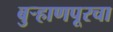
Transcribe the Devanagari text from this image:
बुर्‍हाणपूरचा